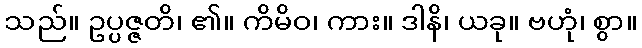
သည်။ ဥပ္ပဇ္ဇတိ၊ ၏။ ကိမိဝ၊ ကား။ ဒါနိ၊ ယခု။ ဗဟုံ၊ စွာ။